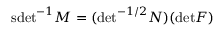
\mathrm { s d e t } ^ { - 1 } M = ( \mathrm { d e t } ^ { - 1 / 2 } N ) ( \mathrm { d e t } { \cal F } )